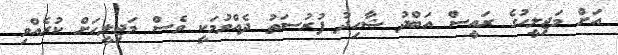
އަށް މަޖިލީހުގެ ރައީސް އަބްދު ޝާހިދު ފުރުސަތު ދެއްވުމަކީ ވެސް މަޖިލީހަށް ކުރެއްވި